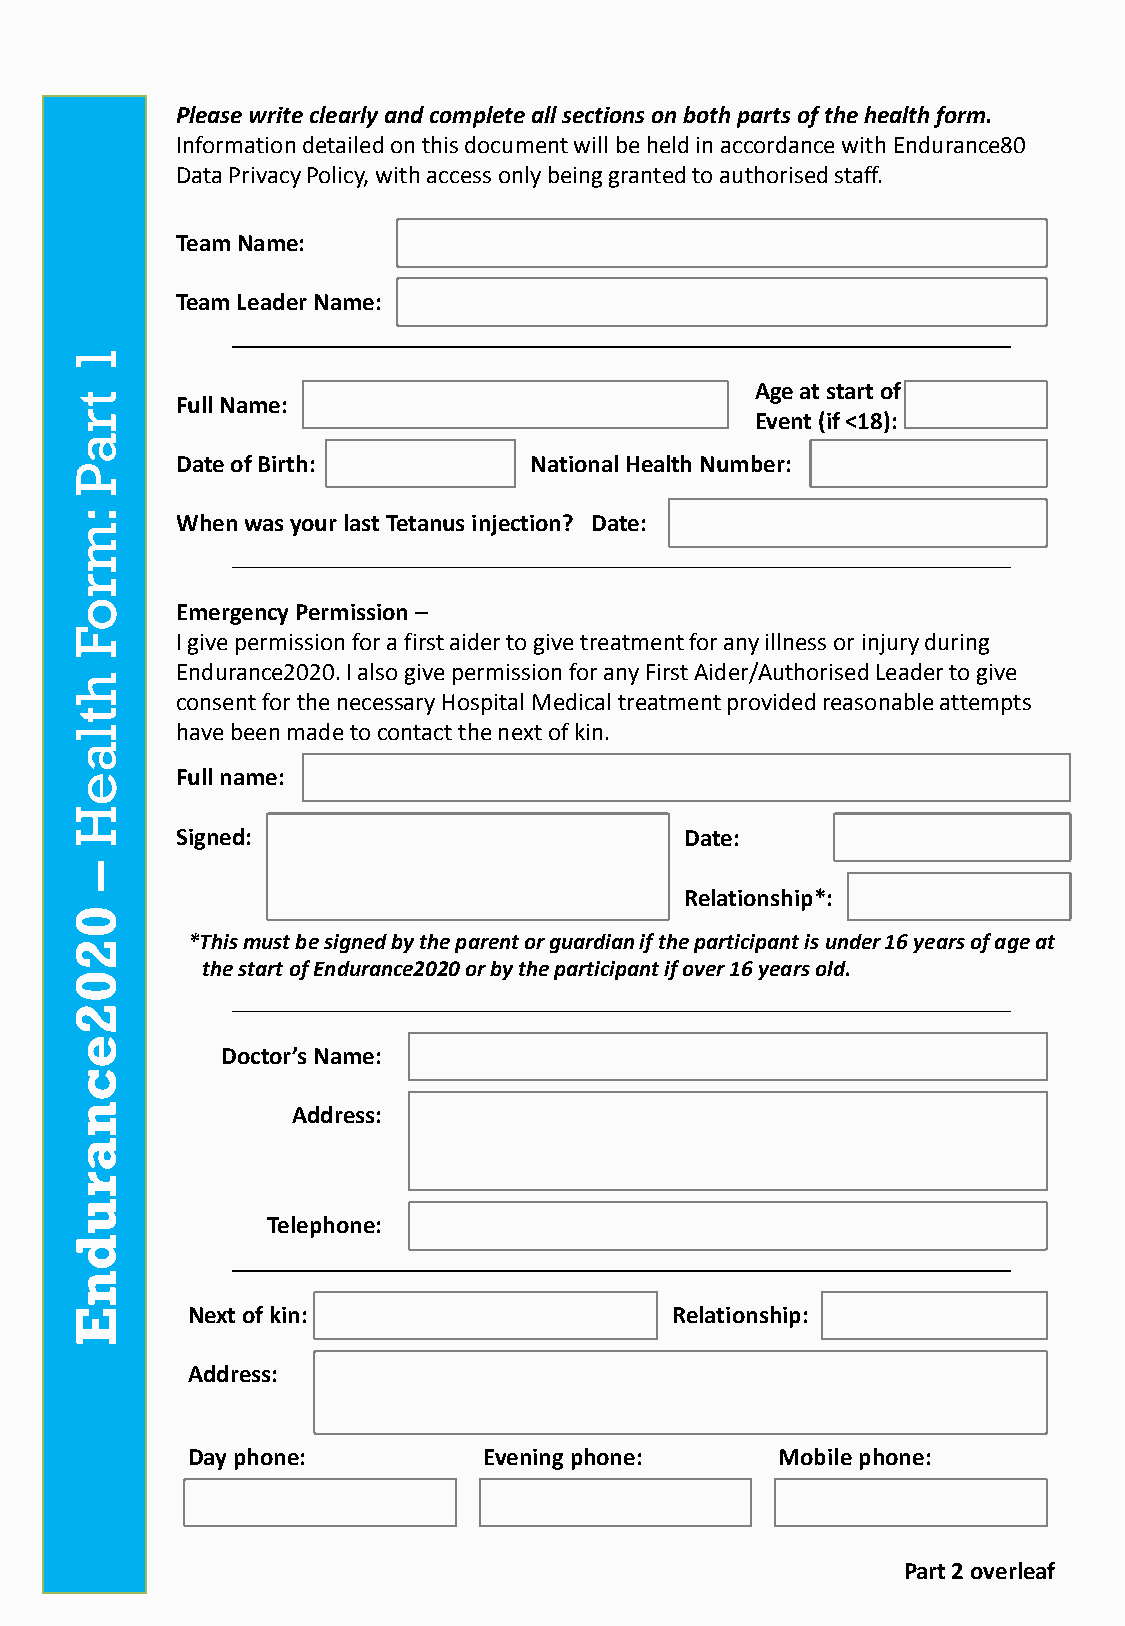
Please write clearly and complete all sections on both parts of the health form.
 Information detailed on this document will be held in accordance with Endurance80
 Data Privacy Policy, with access only being granted to authorised staff.
 Team Name:
 Team Leader Name:
 1
 Age at start of
 t      Full Name:
 r                                            Event (if <18):
 a
 Date of Birth:         National Health Number:
 P
 :
 When was your last Tetanus injection? Date:
 m
 r
 o      Emergency Permission –
 F      I give permission for a first aider to give treatment for any illness or injury during
 Endurance2020. I also give permission for any First Aider/Authorised Leader to give
 h
 consent for the necessary Hospital Medical treatment provided reasonable attempts
 t
 l      have been made to contact the next of kin.
 a
 e      Full name:
 H
 Signed:                          Date:
 –
 Relationship*:
 0
 2      *This must be signed by the parent or guardian if the participant is under 16 years of age at
 the start of Endurance2020 or by the participant if over 16 years old.
 0
 2
 e
 Doctor’s Name:
 c
 n             Address:
 a
 r
 u
 Telephone:
 d
 n
 E      Next of kin:                     Relationship:
 Address:
 Day phone:          Evening phone:      Mobile phone:
 Part 2 overleaf